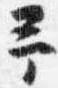
予